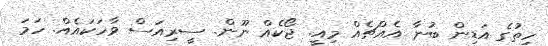
ހިތުގެ އަޑިން ބުނާ އެއްޗެއް މިއީ. ޖޯކެއް ނޫން. ސީރިއަސް ވާހަކައެއް. ހަމަ